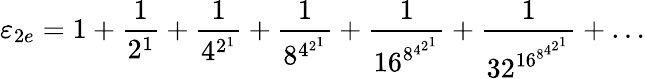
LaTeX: \varepsilon_{2e}=1+{\frac{1}{2^{1}}}+{\frac{1}{4^{2^{1}}}}+{\frac{1}{8^{4^{2^{1}}}}}+{\frac{1}{16^{8^{4^{2^{1}}}}}}+{\frac{1}{32^{16^{8^{4^{2^{1}}}}}}}+\ldots